Report on malaria in the Punjab during the year ...  together with an account of the work of the Punjab Malaria Bureau - Volume 5
Disease focus: Malaria
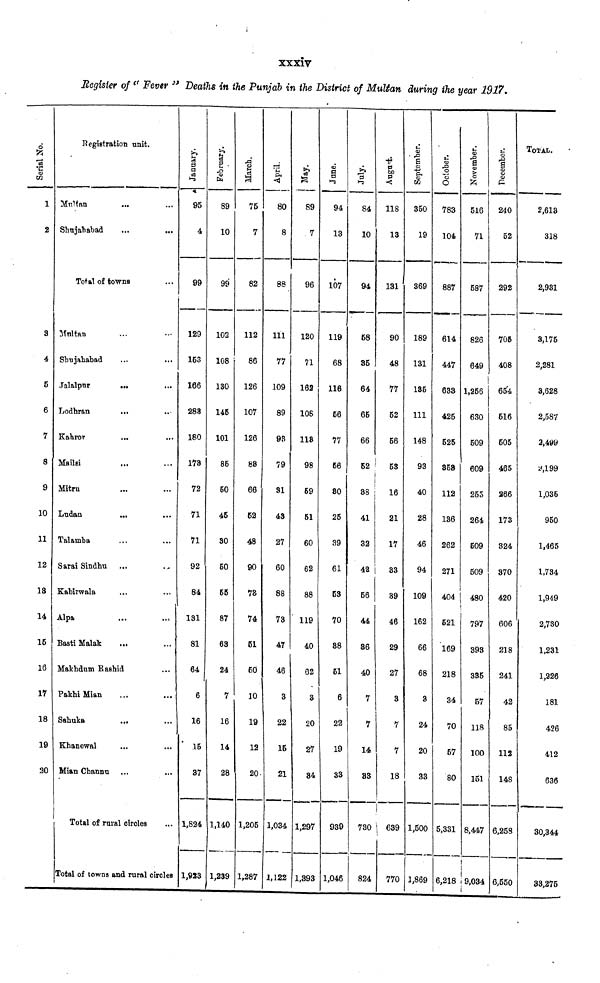
xxxiv
Register of " Fever " Deaths in the Punjab in the District of Multan during the year 1917.
Serial No.
1
2
3
4
5
6
7
8
9
10
11
12
13
14
15
16
17
18
19
20
Registration unit.
Multan
Shujahabad
Total of towns
Multan
Shujahabad
Ja.lalpur
Lodhran
Kahror
Mailsi
Mitru
Ludan
...
Talamba
Sarai Sindhu
Kabirwala
Alpa
Basti Malak
Makhdum Rashid
Pakhi Mian
Sahuka
Khanewal
Mian .Channu
Total of rural circles
Total of towns and rural circles
January.
95
4
99
129
153
166
288
180
178
72
71
71
92
84
131
81
64
6
16
15
37
1,824
1,923
February.
89
10
99
102
108
130
145
101
85
50
45
30
50
55
87
63
24
7
16
14
28
1,140
1,23£
March.
75
7
82
112
86
126
107
126
83
66
52
48
90
73
74
51
50
10
19
12
20
l,20E
1,287
April.
80
8
88
111
77
109
89
93
79
31
43
27
60
88
73
47
46
3
22
15
21
1,034
1,122
89
7
96
120
71
162
108
113
98
59
51
60
62
88
119
40
6
3
20
27
34
1,297
1,891
94
13
107
119
68
116
56
77
56
80
25
39
61
53
70
88
51
6
22
19
33
93S
1,046
84
10
94
58
35
64
65
66
52
88
41
32
42
56
44
86
40
7
7
14
83
730
824
118
13
131
90
48
77
52
56
53
16
21
17
33
39
46
29
27
3
7
7
18
\ 639
770
September.
350
19
369
189
131
135
111
148
93
40
28
46
94
109
162
66
68
3
24
20
33
1,500
1,86£
October.
783
104
887
614
447
633
425
525
358
112
136
262
271
404
521
169
218
34
70
57
80
5,331
6,218
November.
516
71
587
826
649
1,256
630
509
609
255
264
509
509
480
797
393
335
57
118
100
151
8,447
9,034
240
52
292
705
408
654
516
505
465
266
173
324
370
420
606
218
241
42
85
112
148
6,258
6,550
TOTAL.
2,613
318
2,931
3,175
2,281
3,628
2,587
2,499
2,199
1,035
950
1,465
1,734
1,949
2,730
1,231
1,226
181
426
412
636
30,344
33,275